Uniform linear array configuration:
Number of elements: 4
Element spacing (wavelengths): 1
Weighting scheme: kaiser
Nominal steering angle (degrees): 30
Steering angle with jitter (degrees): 30.459
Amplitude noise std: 0.05
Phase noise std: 0.05

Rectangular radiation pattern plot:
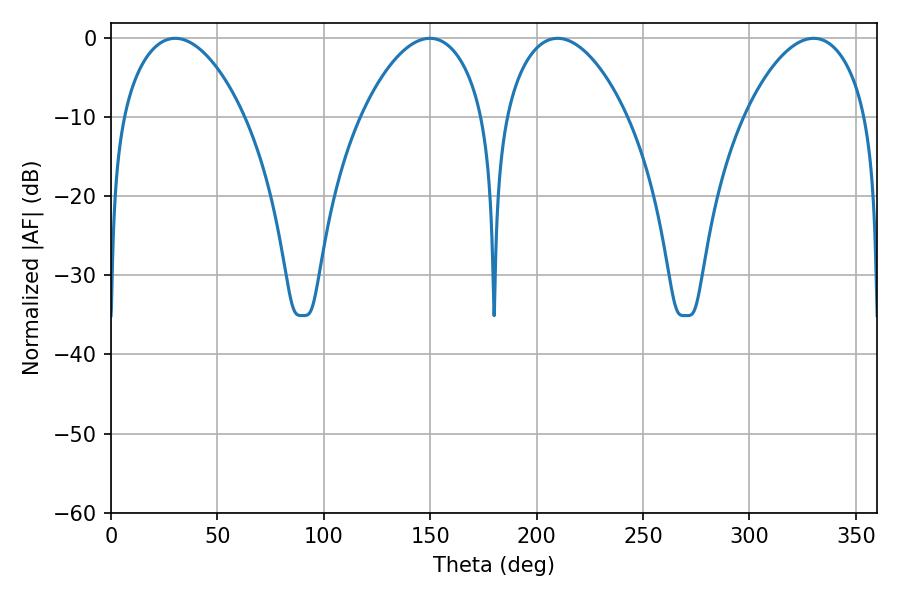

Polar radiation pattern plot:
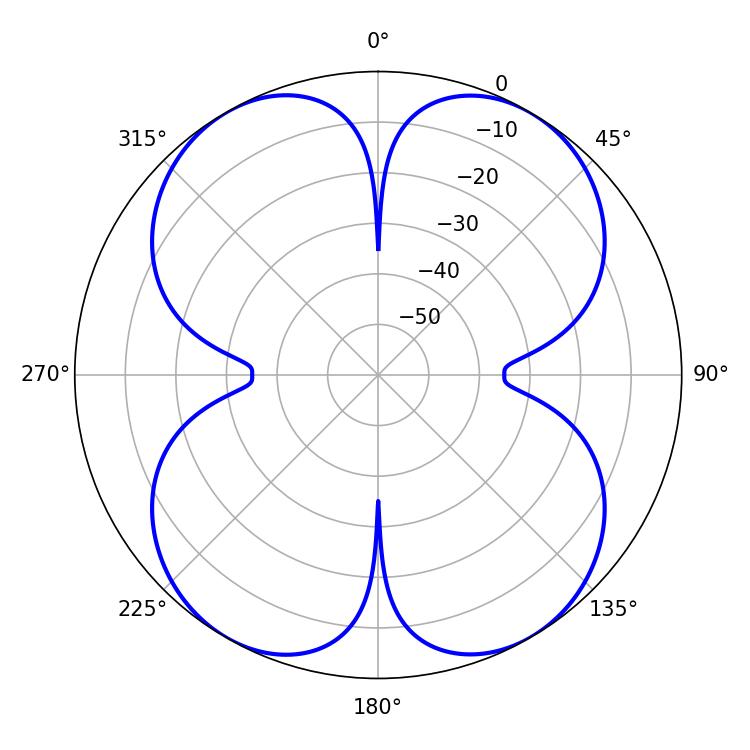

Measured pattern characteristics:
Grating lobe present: TRUE
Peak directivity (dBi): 27.271
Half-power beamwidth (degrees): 32.22
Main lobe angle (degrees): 209.88